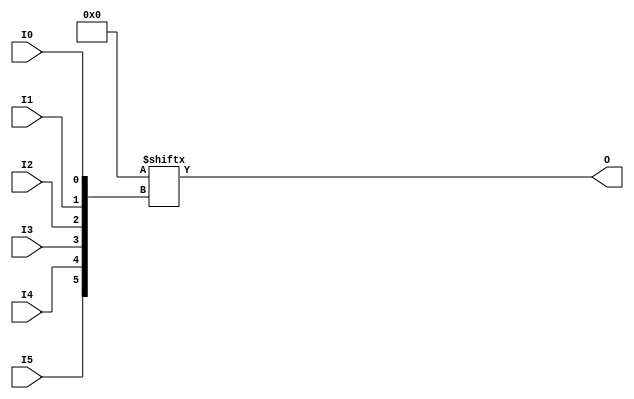
module LUT6 #(parameter INIT=64'h0000000000000000) (input wire I0,I1,I2,I3,I4,I5,
                           output wire O);

    assign O=INIT[{I5,I4,I3,I2,I1,I0}];
endmodule